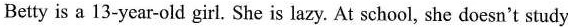
Betty is a 13-year-old girl. She is lazy. At school, she doesn't study